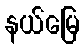
နယ်မြေ